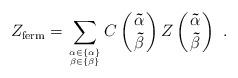
LaTeX: \begin{align*}Z_{\rm ferm}= \sum_{{\bf\alpha}\in\{ {\bf\alpha}\}\atop {\bf\beta}\in\{ {\bf\beta}\}} C\left({\bf\vec{\alpha}\atop\bf\vec{\beta}}\right) Z\left({\bf\vec{\alpha}\atop\bf\vec{\beta}}\right) \,\, .\end{align*}